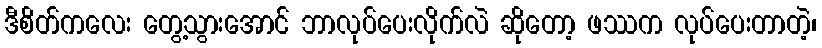
ဒီစိတ်ကလေး တွေ့သွားအောင် ဘာလုပ်ပေးလိုက်လဲ ဆိုတော့ ဖဿက လုပ်ပေးတာတဲ့၊